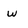
Character: w